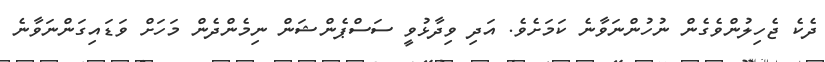
ދެކެ ޖެހިލުންވެގެން ނުހުންނަވާނެ ކަމަށެވެ. އަދި ވިދާޅުވީ ސަސްޕެންޝަން ނިމެންދެން މަހަށް ވަޑައިގަންނަވާނެ